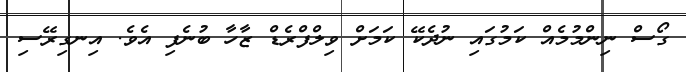
ގޯސް ނިންމުމެއް ކަމުގައި ނުދެކޭ ކަމަށް ވިލްފްރެޑް ޒާހާ ބުނެފި އެވެ. އިނގިރޭސި